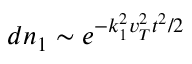
d n _ { 1 } \sim e ^ { - k _ { 1 } ^ { 2 } v _ { T } ^ { 2 } t ^ { 2 } / 2 }